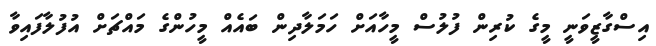
އިސްގާޒީވަނީ މީގެ ކުރިން ފުލުސް މީހާއަށް ހަމަލާދިން ބައެއް މީހުންގެ މައްޗަށް އުފުލާފައިވާ